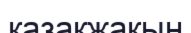
қазақжақын